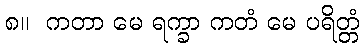
၈။  ကတာ မေ ရက္ခာ ကတံ မေ ပရိတ္တံ